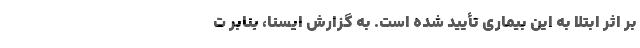
بر اثر ابتلا به این بیماری تأیید شده است. به گزارش ایسنا، بنابر ت